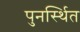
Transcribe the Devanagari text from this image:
पुनर्स्थित